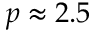
p \approx 2 . 5